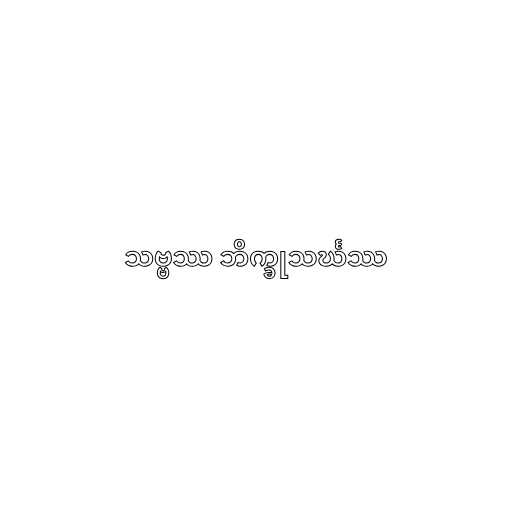
သဗ္ဗဿ ဘိက္ခုသင်္ဃဿ